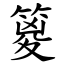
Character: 䈦